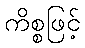
ကိစ္စဖြင့်